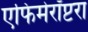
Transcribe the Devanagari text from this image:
एफिमेरॉप्टरा